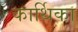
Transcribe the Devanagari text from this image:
कार्थिका